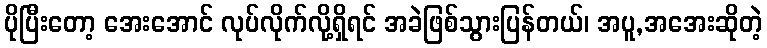
ပိုပြီးတော့ အေးအောင် လုပ်လိုက်လို့ရှိရင် အခဲဖြစ်သွားပြန်တယ်၊ အပူ,အအေးဆိုတဲ့